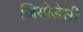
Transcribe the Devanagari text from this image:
जियोडेसी